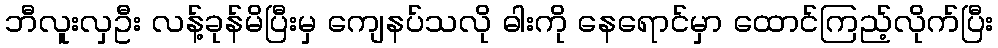
ဘီလူးလှဦး လန့်ခုန်မိပြီးမှ ကျေနပ်သလို ဓါးကို နေရောင်မှာ ထောင်ကြည့်လိုက်ပြီး